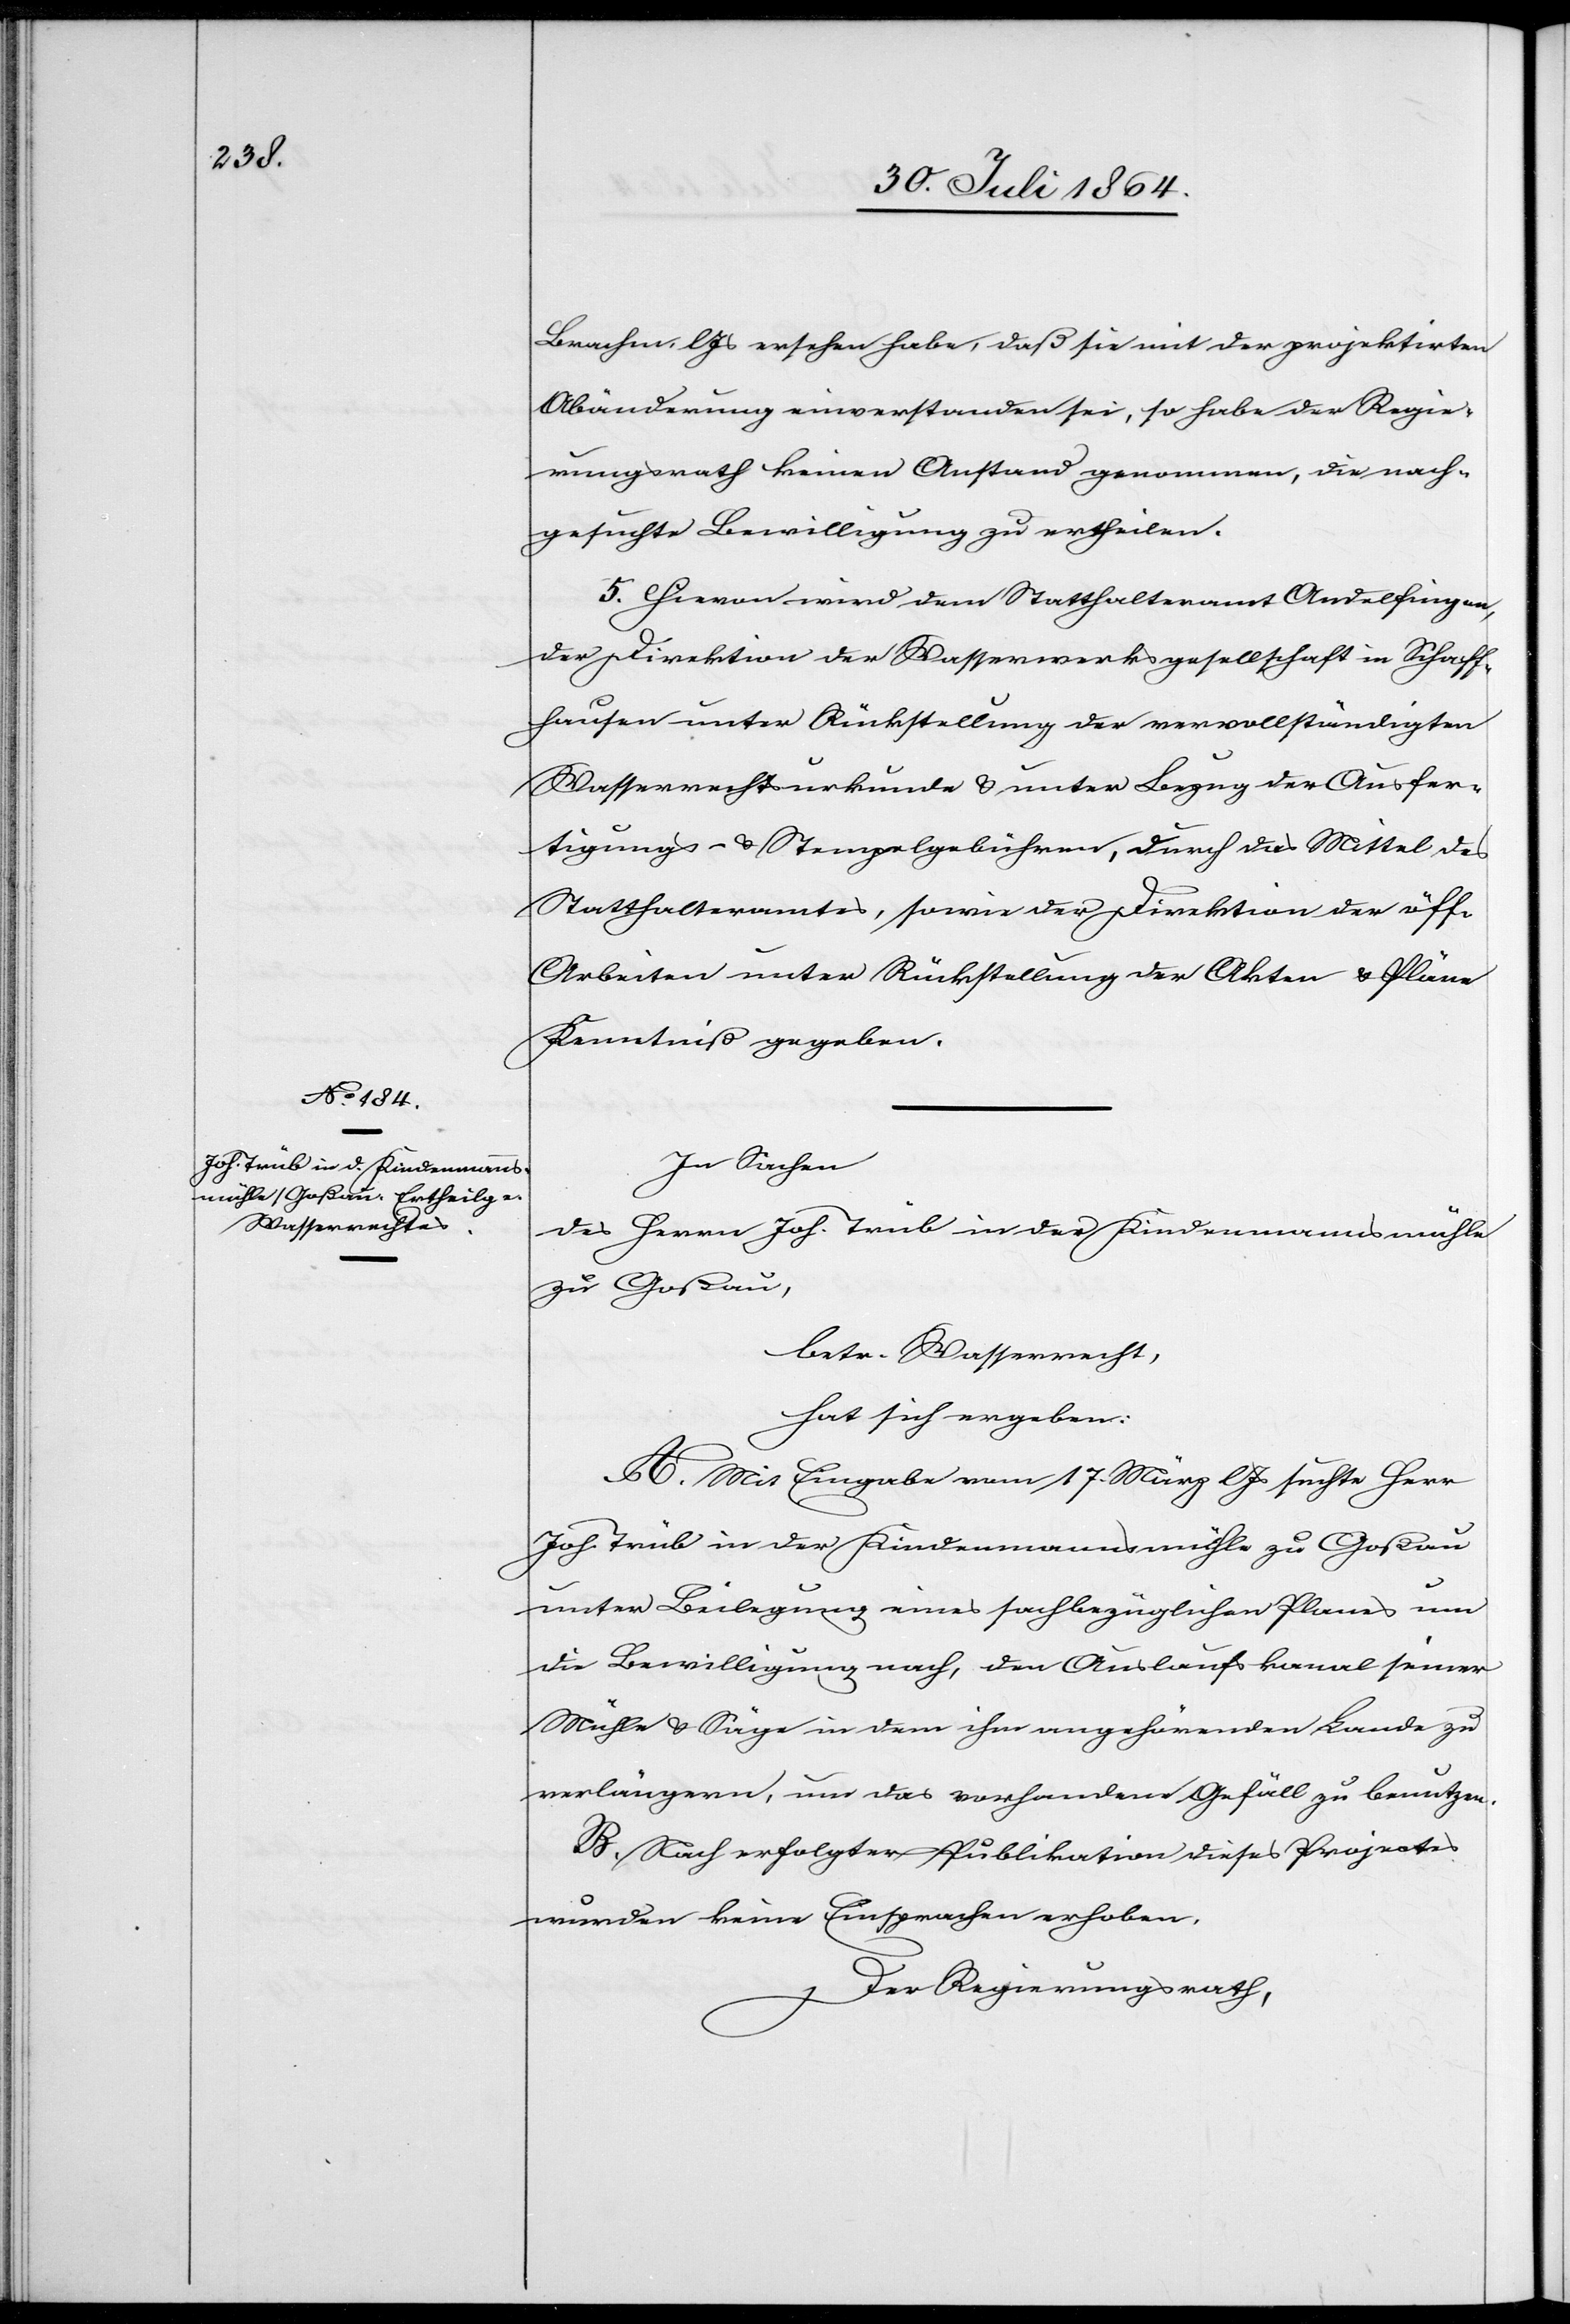
Brachm. l. Js. ersehen habe, daß sie mit der projektirten
Abänderung einverstanden sei, so habe der Regie¬
rungsrath keinen Anstand genommen, die nach¬
gesuchte Bewilligung zu ertheilen.
5. Hievon wird dem Statthalteramt Andelfingen,
der Direktion der Wasserwerksgesellschaft in Schaff¬
hausen unter Rückstellung der vervollständigten
Wasserrechtsurkunde & unter Bezug der Ausfer¬
tigungs- & Stempelgebühren, durch das Mittel des
Statthalteramtes, sowie der Direktion der öff.
Arbeiten unter Rückstellung der Akten & Pläne
Kenntniß gegeben.
In Sachen
des Herrn Joh. Trüb in der Kindenmannsmühle
zu Goßau,
betr. Wasserrecht,
hat sich ergeben:
A. Mit Eingabe vom 17. März l. Js. suchte Herr
Joh. Trüb in der Kindenmannsmühle zu Goßau
unter Beilegung eines sachbezüglichen Planes um
die Bewilligung nach, den Auslaufskanal seiner
Mühle & Säge in dem ihm angehörenden Lande zu
verlängern, um das vorhandene Gefäll zu benutzen.
B. Nach erfolgter Publikation dieses Projectes
wurden keine Einsprachen erhoben.
Der Regierungsrath